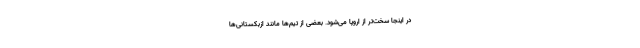
در اینجا سخت‌تر از اروپا می‌شود. بعضی از تیم‌ها مانند ازبکستانی‌ها